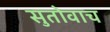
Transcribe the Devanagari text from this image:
सुतोवाच